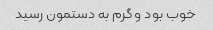
خوب بود و گرم به دستمون رسید